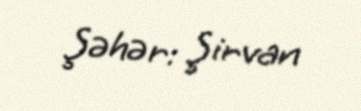
Şəhər: Şirvan